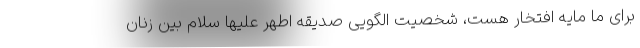
برای ما مایه افتخار هست، شخصیت الگویی صدیقه اطهر علیها سلام بین زنان